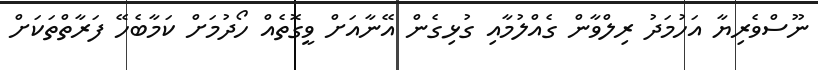
ނޫސްވެރިޔާ އަހުމަދު ރިލްވާން ގެއްލުމާއި ގުޅިގެން އޭނާއަށް ވީގޮތެއް ހޯދުމަށް ކަމާބެހޭ ފަރާތްތަކަށް